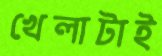
খেলাটাই